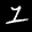
Label: 1